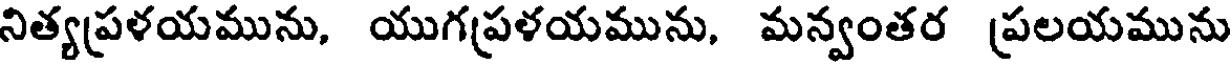
నిత్యప్రళయమును, యుగప్రళయమును, మన్వంతర ప్రలయమును